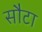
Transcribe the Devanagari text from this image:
सौटा